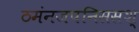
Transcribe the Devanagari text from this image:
ठमंनजपनिससश्